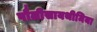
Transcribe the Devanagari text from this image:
पौलीसायथीमिया